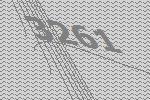
3261